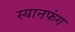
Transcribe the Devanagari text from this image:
स्यानफंग